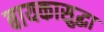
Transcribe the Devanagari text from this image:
बायकासुद्धा